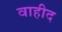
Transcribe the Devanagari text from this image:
वाहीद